Rangoon Lunatic Asylum 1878-1892 - 1878-1892
Year: 1878
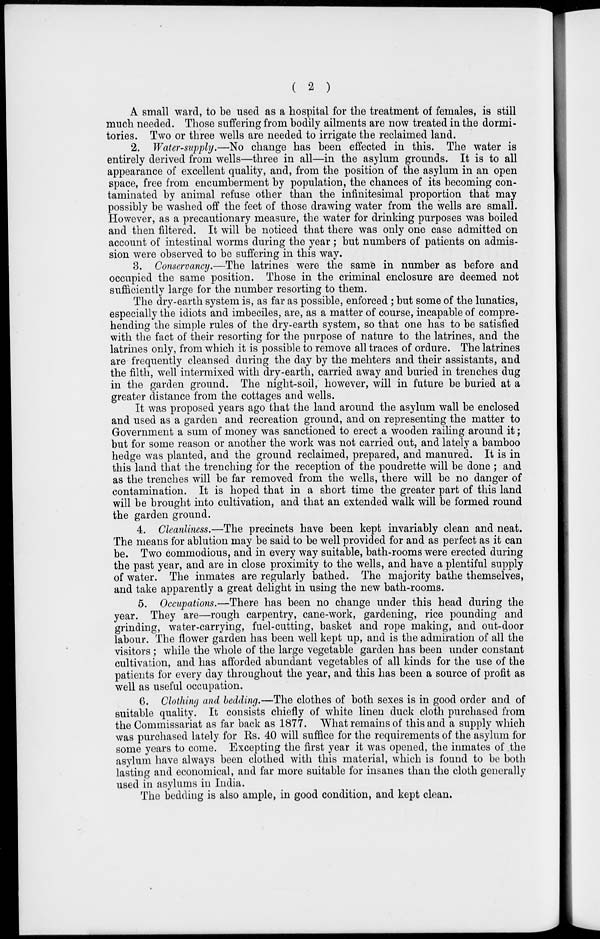
( 2 )
A small ward, to be used as a hospital for the treatment of females, is still
much needed. Those suffering from bodily ailments are now treated in the dormi-
tories. Two or three wells are needed to irrigate the reclaimed land.
2. Water-supply.—No change has been effected in this. The water is
entirely derived from wells—three in all—in the asylum grounds. It is to all
appearance of excellent quality, and, from the position of the asylum in an open
space, free from encumberment by population, the chances of its becoming con-
taminated by animal refuse other than the infinitesimal proportion that may
possibly be washed off the feet of those drawing water from the wells are small.
However, as a precautionary measure, the water for drinking purposes was boiled
and then filtered. It will be noticed that there was only one case admitted on
account of intestinal worms during the year ; but numbers of patients on admis-
sion were observed to be suffering in this way.
3. Conservancy.—The latrines were the same in number as before and
occupied the same position. Those in the criminal enclosure are deemed not
sufficiently large for the number resorting to them.
The dry-earth system is, as far as possible, enforced ; but some of the lunatics,
especially the idiots and imbeciles, are, as a matter of course, incapable of compre-
hending the simple rules of the dry-earth system, so that one has to be satisfied
with the fact of their resorting for the purpose of nature to the latrines, and the
latrines only, from which it is possible to remove all traces of ordure. The latrines
are frequently cleansed during the day by the mehters and their assistants, and
the filth, well intermixed with dry-earth, carried away and buried in trenches dug
in the garden ground. The night-soil, however, will in future be buried at a
greater distance from the cottages and wells.
It was proposed years ago that the land around the asylum wall be enclosed
and used as a garden and recreation ground, and on representing the matter to
Government a sum of money was sanctioned to erect a wooden railing around it;
but for some reason or another the work was not carried out, and lately a bamboo
hedge was planted, and the ground reclaimed, prepared, and manured. It is in
this land that the trenching for the reception of the poudrette will be done ; and
as the trenches will be far removed from the wells, there will be no danger of
contamination. It is hoped that in a short time the greater part of this land
will be brought into cultivation, and that an extended walk will be formed round
the garden ground.
4. Cleanliness.—The precincts have been kept invariably clean and neat.
The means for ablution may be said to be well provided for and as perfect as it can
be. Two commodious, and in every way suitable, bath-rooms were erected during
the past year, and are in close proximity to the wells, and have a plentiful supply
of water. The inmates are regularly bathed. The majority bathe themselves,
and take apparently a great delight in using the new bath-rooms.
5. Occupations.—There has been no change under this head during the
year. They are—rough carpentry, cane-work, gardening, rice pounding and
grinding, water-carrying, fuel-cutting, basket and rope making, and out-door
labour. The flower garden has been well kept up, and is the admiration of all the
visitors ; while the whole of the large vegetable garden has been under constant
cultivation, and has afforded abundant vegetables of all kinds for the use of the
patients for every day throughout the year, and this has been a source of profit as
well as useful occupation.
6. Clothing and bedding.—The clothes of both sexes is in good order and of
suitable quality. It consists chiefly of white linen duck cloth purchased from
the Commissariat as far back as 1877. What remains of this and a supply which
was purchased lately for Rs. 40 will suffice for the requirements of the asylum for
some years to come. Excepting the first year it was opened, the inmates of the
asylum have always been clothed with this material, which is found to be both
lasting and economical, and far more suitable for insanes than the cloth generally
used in asylums in India.
The bedding is also ample, in good condition, and kept clean.